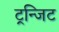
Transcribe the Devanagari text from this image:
ट्रन्जिट